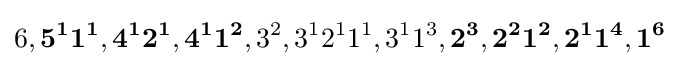
6,\mathbf {5^{1}1^{1}} ,\mathbf {4^{1}2^{1}} ,\mathbf {4^{1}1^{2}} ,3^{2},3^{1}2^{1}1^{1},3^{1}1^{3},\mathbf {2^{3}} ,\mathbf {2^{2}1^{2}} ,\mathbf {2^{1}1^{4}} ,\mathbf {1^{6}}